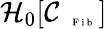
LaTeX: \mathcal{H}_{0}[\mathcal{C}_{\mathrm{~\tiny~\textnormal~{~F~i~b~}~}}]